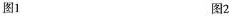
图1 图2